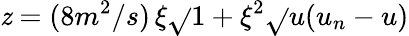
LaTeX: \mathit{z}=(8m^{2}/s)\, \xi\sqrt{}{{1+\xi^{2}}}\sqrt{}{{u(u_{n}-u)}}